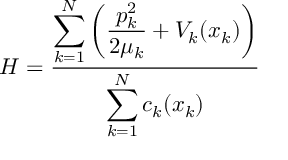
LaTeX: H = \frac { \displaystyle \sum _ { k = 1 } ^ { N } \left( \frac { p _ { k } ^ { 2 } } { 2 \mu _ { k } } + V _ { k } ( x _ { k } ) \right) } { \displaystyle \sum _ { k = 1 } ^ { N } c _ { k } ( x _ { k } ) }